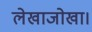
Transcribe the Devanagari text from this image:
लेखाजोखा।